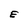
Character: E